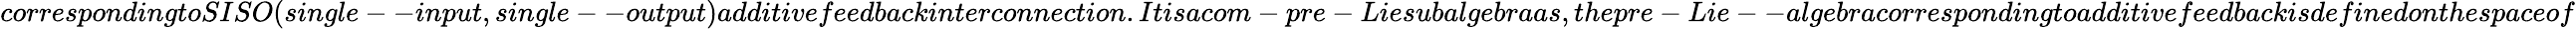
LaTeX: correspondingtoSISO(single--input,single--output)additivefeedbackinterconnection.Itisacom-pre-Liesubalgebraas,thepre-Lie--algebracorrespondingtoadditivefeedbackisdefinedonthespaceof